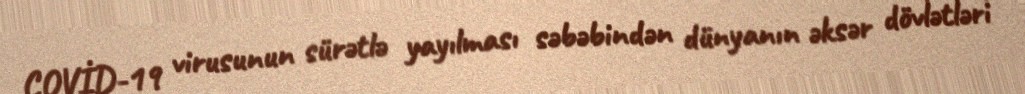
COVİD-19 virusunun sürətlə yayılması səbəbindən dünyanın əksər dövlətləri